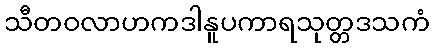
သီတဝလာဟကဒါနူပကာရသုတ္တဒသကံ